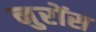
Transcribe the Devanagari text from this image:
नुरोंस